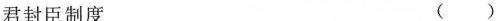
君封臣制度 ()